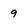
Character: 9